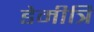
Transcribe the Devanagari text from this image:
डेमीत्रि